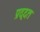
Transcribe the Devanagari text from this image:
प्रद्दत